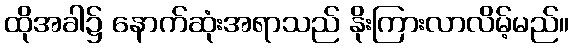
ထိုအခါ၌ နောက်ဆုံးအရာသည် နိုးကြားလာလိမ့်မည်။